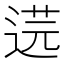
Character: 𮷣